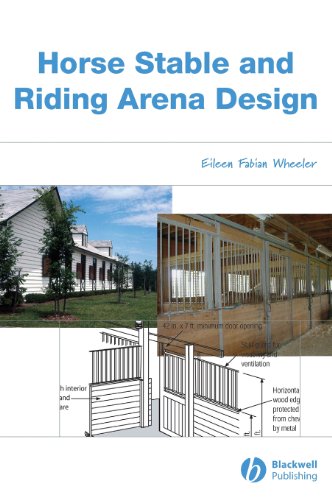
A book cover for Horse Stable and Riding Arena Design; Eileen Fabian Wheeler; Medical Books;